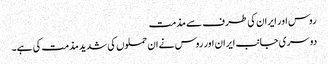
روس اور ایران کی طرف سے مذمت
دوسری جانب ایران اور روس نے ان حملوں کی شدید مذمت کی ہے۔